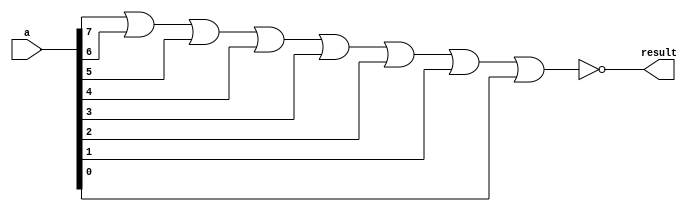
module NorGate_8B (
    a,
    result
);

input[7:0] a;
output result;

nor n(result, a[7], a[6], a[5], a[4], a[3], a[2], a[1], a[0]);
    
endmodule